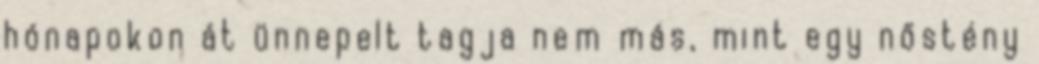
hónapokon át ünnepelt tagja nem más, mint egy nőstény